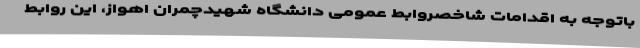
باتوجه به اقدامات شاخصروابط عمومی دانشگاه شهیدچمران اهواز، این روابط